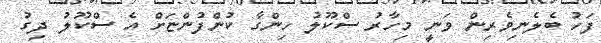
ފަހު ބެލެނިވެރިން ވަނީ މިހާރު ސްކޫލު ހިންގާ ކުންފުންޏަށް އެ ސްކޫލު ދިގު